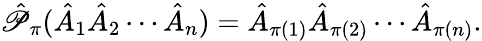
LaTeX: \hat{\mathscr{P}}_{\pi}(\hat{A}_{1}\hat{A}_{2}\cdots\hat{A}_{n})=\hat{A}_{\pi(1)}\hat{A}_{\pi(2)}\cdots\hat{A}_{\pi(n)}.